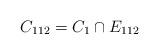
LaTeX: \begin{align*}C_{112} = C_1 \cap E_{112}\end{align*}